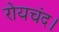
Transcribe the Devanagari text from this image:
रोयचंद।